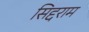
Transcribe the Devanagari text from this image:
सिद्दराम